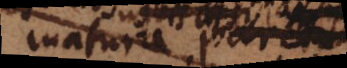
matura pare